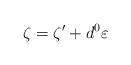
LaTeX: \begin{align*}\zeta = \zeta' + d^0 \varepsilon\end{align*}